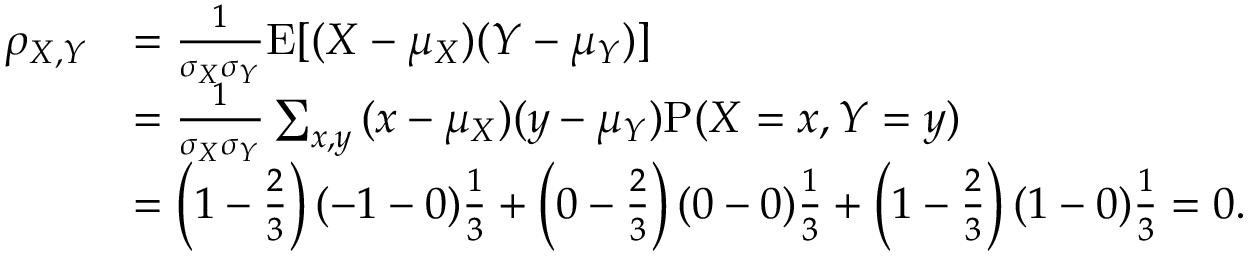
{ \begin{array} { r l } { \rho _ { X , Y } } & { = { \frac { 1 } { \sigma _ { X } \sigma _ { Y } } } \mathrm { E } [ ( X - \mu _ { X } ) ( Y - \mu _ { Y } ) ] } \\ & { = { \frac { 1 } { \sigma _ { X } \sigma _ { Y } } } \sum _ { x , y } { ( x - \mu _ { X } ) ( y - \mu _ { Y } ) \mathrm { P } ( X = x , Y = y ) } } \\ & { = \left( 1 - { \frac { 2 } { 3 } } \right) ( - 1 - 0 ) { \frac { 1 } { 3 } } + \left( 0 - { \frac { 2 } { 3 } } \right) ( 0 - 0 ) { \frac { 1 } { 3 } } + \left( 1 - { \frac { 2 } { 3 } } \right) ( 1 - 0 ) { \frac { 1 } { 3 } } = 0 . } \end{array} }